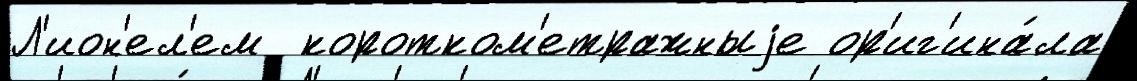
Л'ион'ел'ем  коротком'етражныjе ор'иг'ина́ла